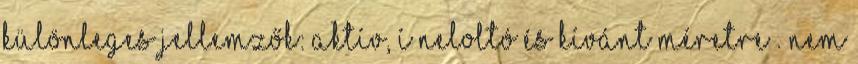
Különleges jellemzők: Aktí­v, íneloltó és kí­vánt méretre . Nem